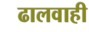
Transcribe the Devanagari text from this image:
ढालवाही